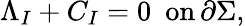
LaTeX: \Lambda_{I}+C_{I}=0\, \, \, \mathrm{on}\, \partial\Sigma,